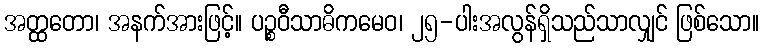
အတ္ထတော၊ အနက်အားဖြင့်။ ပဉ္စဝီသာဓိကမေဝ၊ ၂၅-ပါးအလွန်ရှိသည်သာလျှင် ဖြစ်သော။